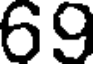
69